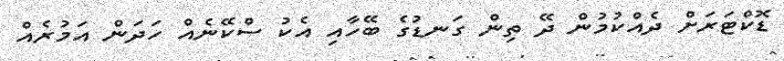
ޑޮކްޓަރަށް ދެއްކުމުން ދޭ ތިން ގަނޑުގެ ބޭހާއި އެކު ސްކޭނެއް ހަދަން އަމުރެއް